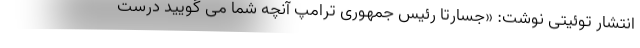
انتشار توئیتی نوشت: «جسارتا رئیس جمهوری ترامپ آنچه شما می گویید درست